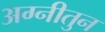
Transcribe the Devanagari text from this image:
अग्नीतुन